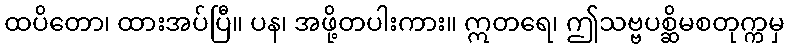
ထပိတော၊ ထားအပ်ပြီ။ ပန၊ အဖို့တပါးကား။ ဣတရေ၊ ဤသဗ္ဗပစ္ဆိမစတုက္ကမှ